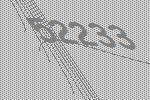
52233